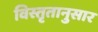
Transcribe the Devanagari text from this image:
विस्तृतानुसार